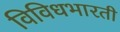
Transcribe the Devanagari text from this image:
विविधभारती